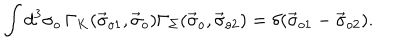
\int d ^ { 3 } \sigma _ { o } \, \Gamma _ { K } ( \vec { \sigma } _ { o 1 } , \vec { \sigma } _ { o } ) \Gamma _ { \Sigma } ( \vec { \sigma } _ { o } , \vec { \sigma } _ { o 2 } ) = \delta ( \vec { \sigma } _ { o 1 } - \vec { \sigma } _ { o 2 } ) .